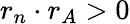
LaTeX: r_{n}\cdot r_{A}>0